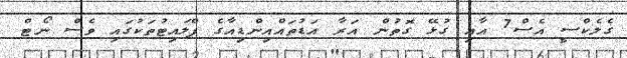
ގެލެކްސީ އެސް7 އާއި ގުޅޭ ގޮތުން އަރާ އަޑުތައްއިންޑިއާގެ ފްލައިޓުތަކުގައި ވެސް ނޯޓް